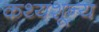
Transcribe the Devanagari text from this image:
कथ्यशून्य